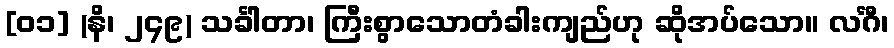
[၀၁] (နိ၊ ၂၄၉) သင်္ခါတာ၊ ကြီးစွာသောတံခါးကျည်ဟု ဆိုအပ်သော။ လင်္ဂီ၊